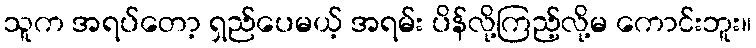
သူက အရပ်တော့ ရှည်ပေမယ့် အရမ်း ပိန်လို့ကြည့်လို့မ ကောင်းဘူး။